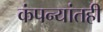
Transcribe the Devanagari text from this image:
कंपन्यांतही